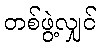
တစ်ဖွဲ့လျှင်